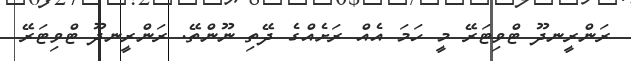
ރަންރީނދޫ ޓްވިޓަރޭ މީ ހަމަ އެއް ރަށެއްގެ ދޭތި ނޫންތޭ. ރަންރީނދޫ ޓްވިޓަރޭ